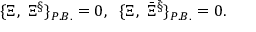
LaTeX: \{ \Xi ^ { \L } , \; \Xi ^ { \S } \} _ { P . B . } = 0 , \; \; \{ \Xi ^ { \L } , \; { \bar { \Xi } } ^ { \bar { \S } } \} _ { P . B . } = 0 .